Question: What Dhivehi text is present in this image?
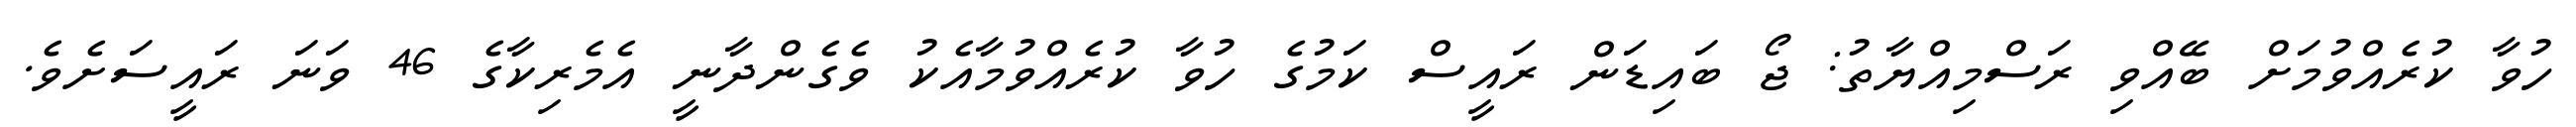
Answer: ހުވާ ކުރެއްވުމަށް ބޭއްވި ރަސްމިއްޔާތު: ޖޯ ބައިޑަން ރައީސް ކަމުގެ ހުވާ ކުރެއްވުމާއެކު ވެގެންދާނީ އެމެރިކާގެ 46 ވަނަ ރައީސަށެވެ.